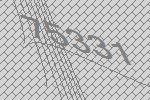
75331